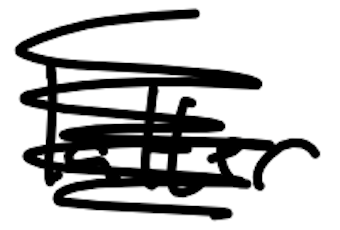
Text: latter
Cross-out: mix
Writing tool: digital_black